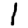
Digit: 1